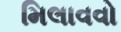
મિલાવવો